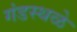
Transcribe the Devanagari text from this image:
गंडस्थळे